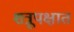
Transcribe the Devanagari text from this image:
शत्रूपक्षात